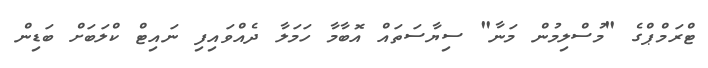
ޓްރަމްޕްގެ "މުސްލިމުން މަނާ" ސިޔާސަތައް އޮބާމާ ހަމަލާ ދެއްވައިފި ނައިޓް ކްލަބަށް ބަޑިން